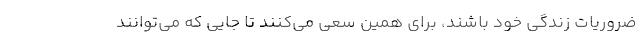
ضروریات زندگی خود باشند، برای همین سعی می‌کنند تا جایی که می‌توانند